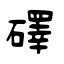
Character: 礋